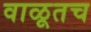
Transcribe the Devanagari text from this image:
वाळूतच